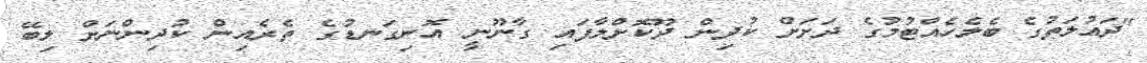
"ދައުލަތުގެ ބެލެހެއްޓުމުގެ ދަށަށް ކުދިން ދޫކޮށްލާފައި ގާނޫނީ އޮނިގަނޑުގެ ތެރެއިން ކުދިންނަށް ލިބޭ